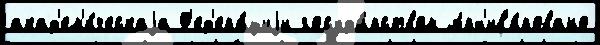
акад'ем'и́ческаjа Ф'ед'ера́циjи госуда́рством Арх'ив'и́ровано